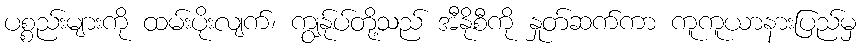
ပစ္စည်းများကို ထမ်းပိုးလျက်၊ ကျွန်ုပ်တို့သည် အီနိုစီကို နှုတ်ဆက်ကာ ကူကူယာနားပြည်မှ